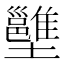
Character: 𡓱